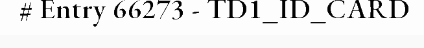
# Entry 66273 - TD1_ID_CARD